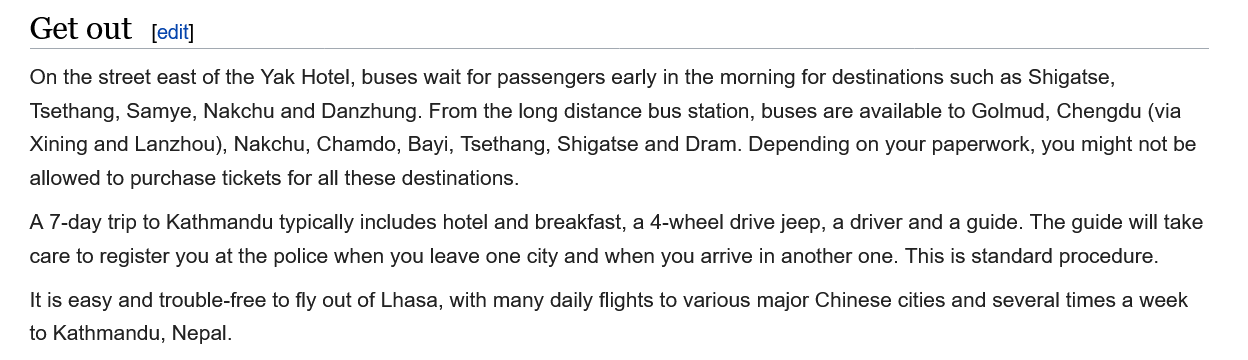
Get out
   On the street east of the Yak Hotel, buses wait for passengers early in the morning for destinations such as Shigatse,
   Tsethang, Samye, Nakchu and Danzhung. From the long distance bus station, buses are available to Golmud, Chengdu (via
   Xining and Lanzhou), Nakchu, Chamdo, Bayi, Tsethang, Shigatse and Dram. Depending on your paperwork, you might not be
   allowed to purchase tickets for all these destinations.
   A 7-day trip to Kathmandu typically includes hotel and breakfast, a 4-wheel drive jeep, a driver and a guide. The guide will take
   care to register you at the police when you leave one city and when you arrive in another one. This is standard procedure.
   It is easy and trouble-free to fly out of Lhasa, with many daily flights to various major Chinese cities and several times a week
   to Kathmandu, Nepal.